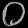
Digit: ၀